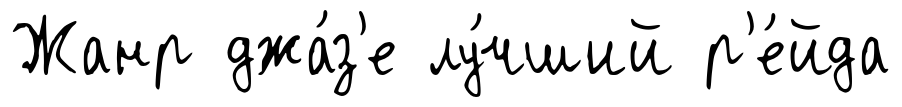
Жанр джа́з'е лу́чший р'е́йда